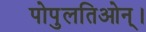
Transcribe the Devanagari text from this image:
पोपुलतिओन्।